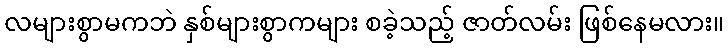
လများစွာမကဘဲ နှစ်များစွာကများ စခဲ့သည့် ဇာတ်လမ်း ဖြစ်နေမလား။